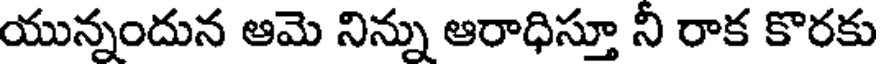
యున్నందున ఆమె నిన్ను ఆరాధిస్తూ నీ రాక కొరకు